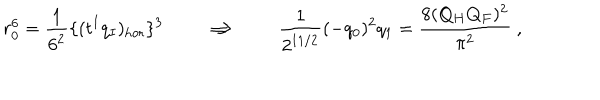
LaTeX: r _ { 0 } ^ { 6 } = { \frac { 1 } { 6 ^ { 2 } } } \{ ( t ^ { I } q _ { I } ) _ { \mathrm { h o r } } \} ^ { 3 } \qquad \Longrightarrow \qquad { \frac { 1 } { 2 ^ { 1 1 / 2 } } } ( - q _ { 0 } ) ^ { 2 } q _ { 1 } = { \frac { 8 ( Q _ { H } Q _ { F } ) ^ { 2 } } { \pi ^ { 2 } } } \ ,